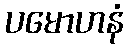
ပမောဟနံ